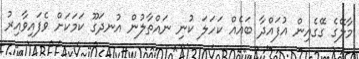
މާލޭގެ ގޭގެއިން އުފައްދާ ބައެއް ކަހަލަ ކުނި ނައްތާލުން އުނދަގޫ ކަމަކަށް ވެފައިވާއިރު